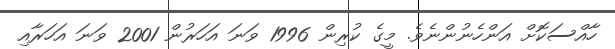
ހާއްސަކޮށް އަންހެނުންނެވެ. މީގެ ކުރިން 1996 ވަނަ އަހަރުން 2001 ވަނަ އަހަރާއި